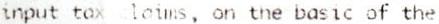
INPUT TAX CLAIMS, ON THE BASIC OF THE